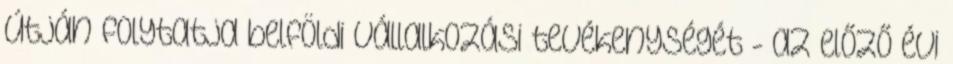
útján folytatja belföldi vállalkozási tevékenységét - az előző évi